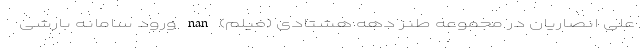
علی انصاریان در مجموعه طنز دهه هشتادی (فیلم) nan ورود سامانه بارشی